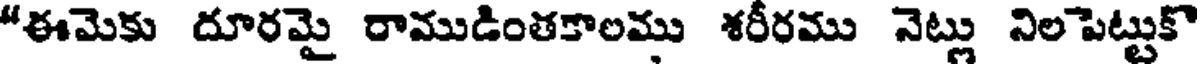
"ఈమెకు దూరమై రాముడింతకాలము శరీరము నెట్లు నిలపెట్టుకొ